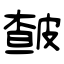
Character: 皶